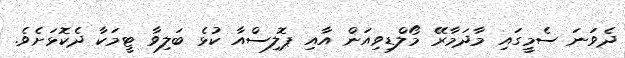
ދެވަނަ ސެމީގައި މާދަމާރޭ މޯލްޑިވިއަން އާއި ޕޮލިސްއާ ކުޅެ ބަލިވާ ޓީމަކާ ދެކޮޅަށެވެ.